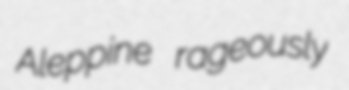
Aleppine rageously